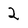
Character: 2